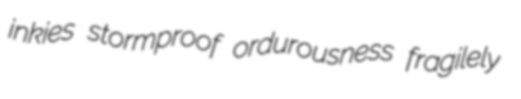
inkies stormproof ordurousness fragilely